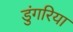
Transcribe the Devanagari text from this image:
डुंगरिया